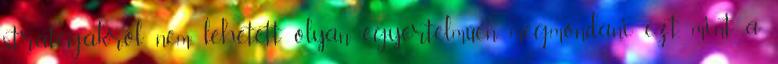
stratégákról nem lehetett olyan egyértelműen megmondani ezt, mint a